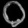
Digit: ၀